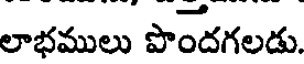
లాభములు పొందగలడు.